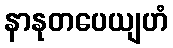
နာနုတပေယျဟံ